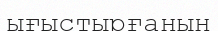
ығыстырғанын